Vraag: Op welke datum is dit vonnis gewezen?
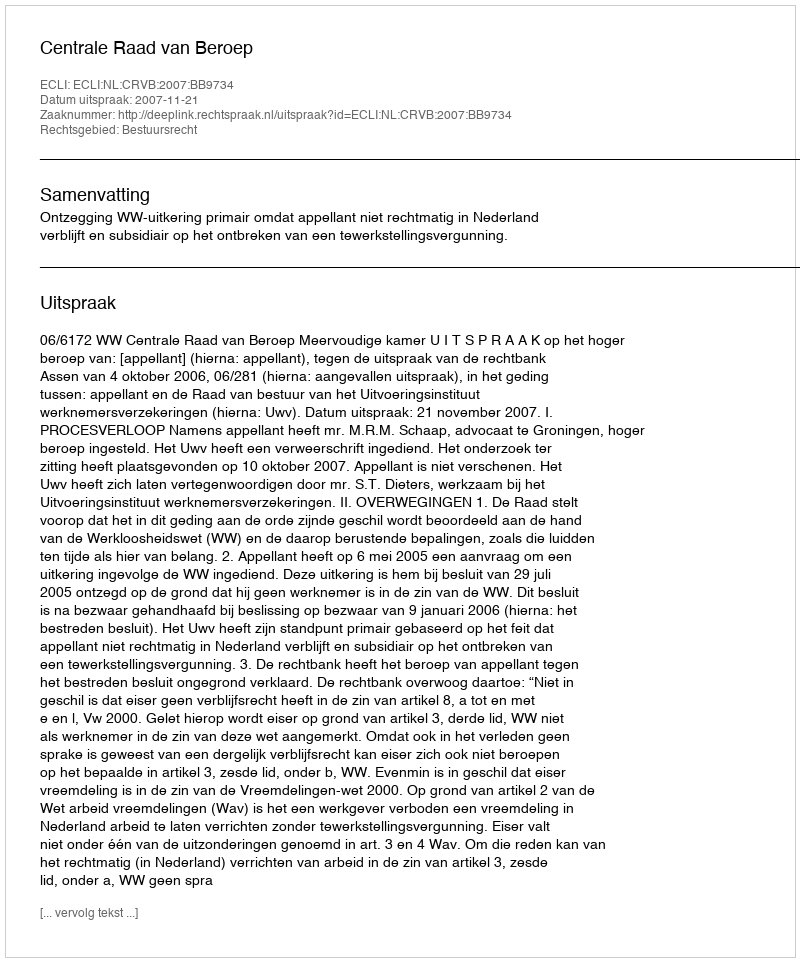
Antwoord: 2007-11-21